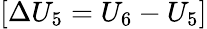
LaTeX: [\Delta U_{5}=U_{6}-U_{5}]